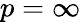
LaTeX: p=\infty